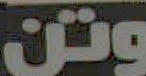
وتن